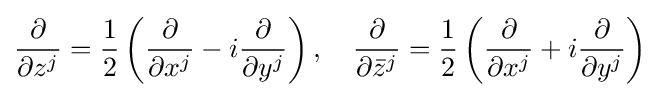
{\frac {\partial }{\partial z^{j}}}={\frac {1}{2}}\left({\frac {\partial }{\partial x^{j}}}-i{\frac {\partial }{\partial y^{j}}}\right),\quad {\frac {\partial }{\partial {\bar {z}}^{j}}}={\frac {1}{2}}\left({\frac {\partial }{\partial x^{j}}}+i{\frac {\partial }{\partial y^{j}}}\right)